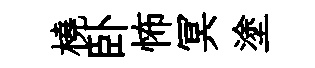
橈卧怖冥塗